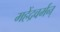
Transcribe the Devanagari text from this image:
महेंद्रवर्मन्‌